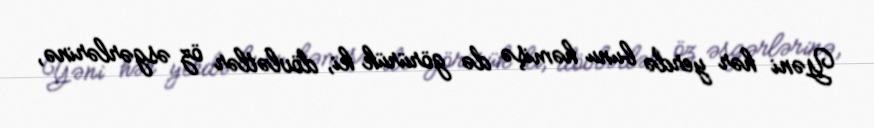
Yəni hər yerdə bunu həmişə də görürük ki, dövlətlər öz əsgərlərinə,